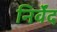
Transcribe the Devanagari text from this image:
निर्वेंद